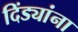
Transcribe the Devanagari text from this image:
दिंड्यांना